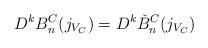
LaTeX: \begin{align*} D^{k} B^C_n(j_{V_C}) = D^{k} \check{B}^C_n(j_{V_C})\end{align*}